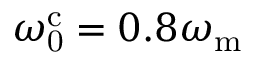
\omega _ { \mathrm { 0 } } ^ { \mathrm { c } } = 0 . 8 \omega _ { \mathrm { m } }